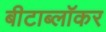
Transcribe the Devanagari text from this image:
बीटाब्लॉकर